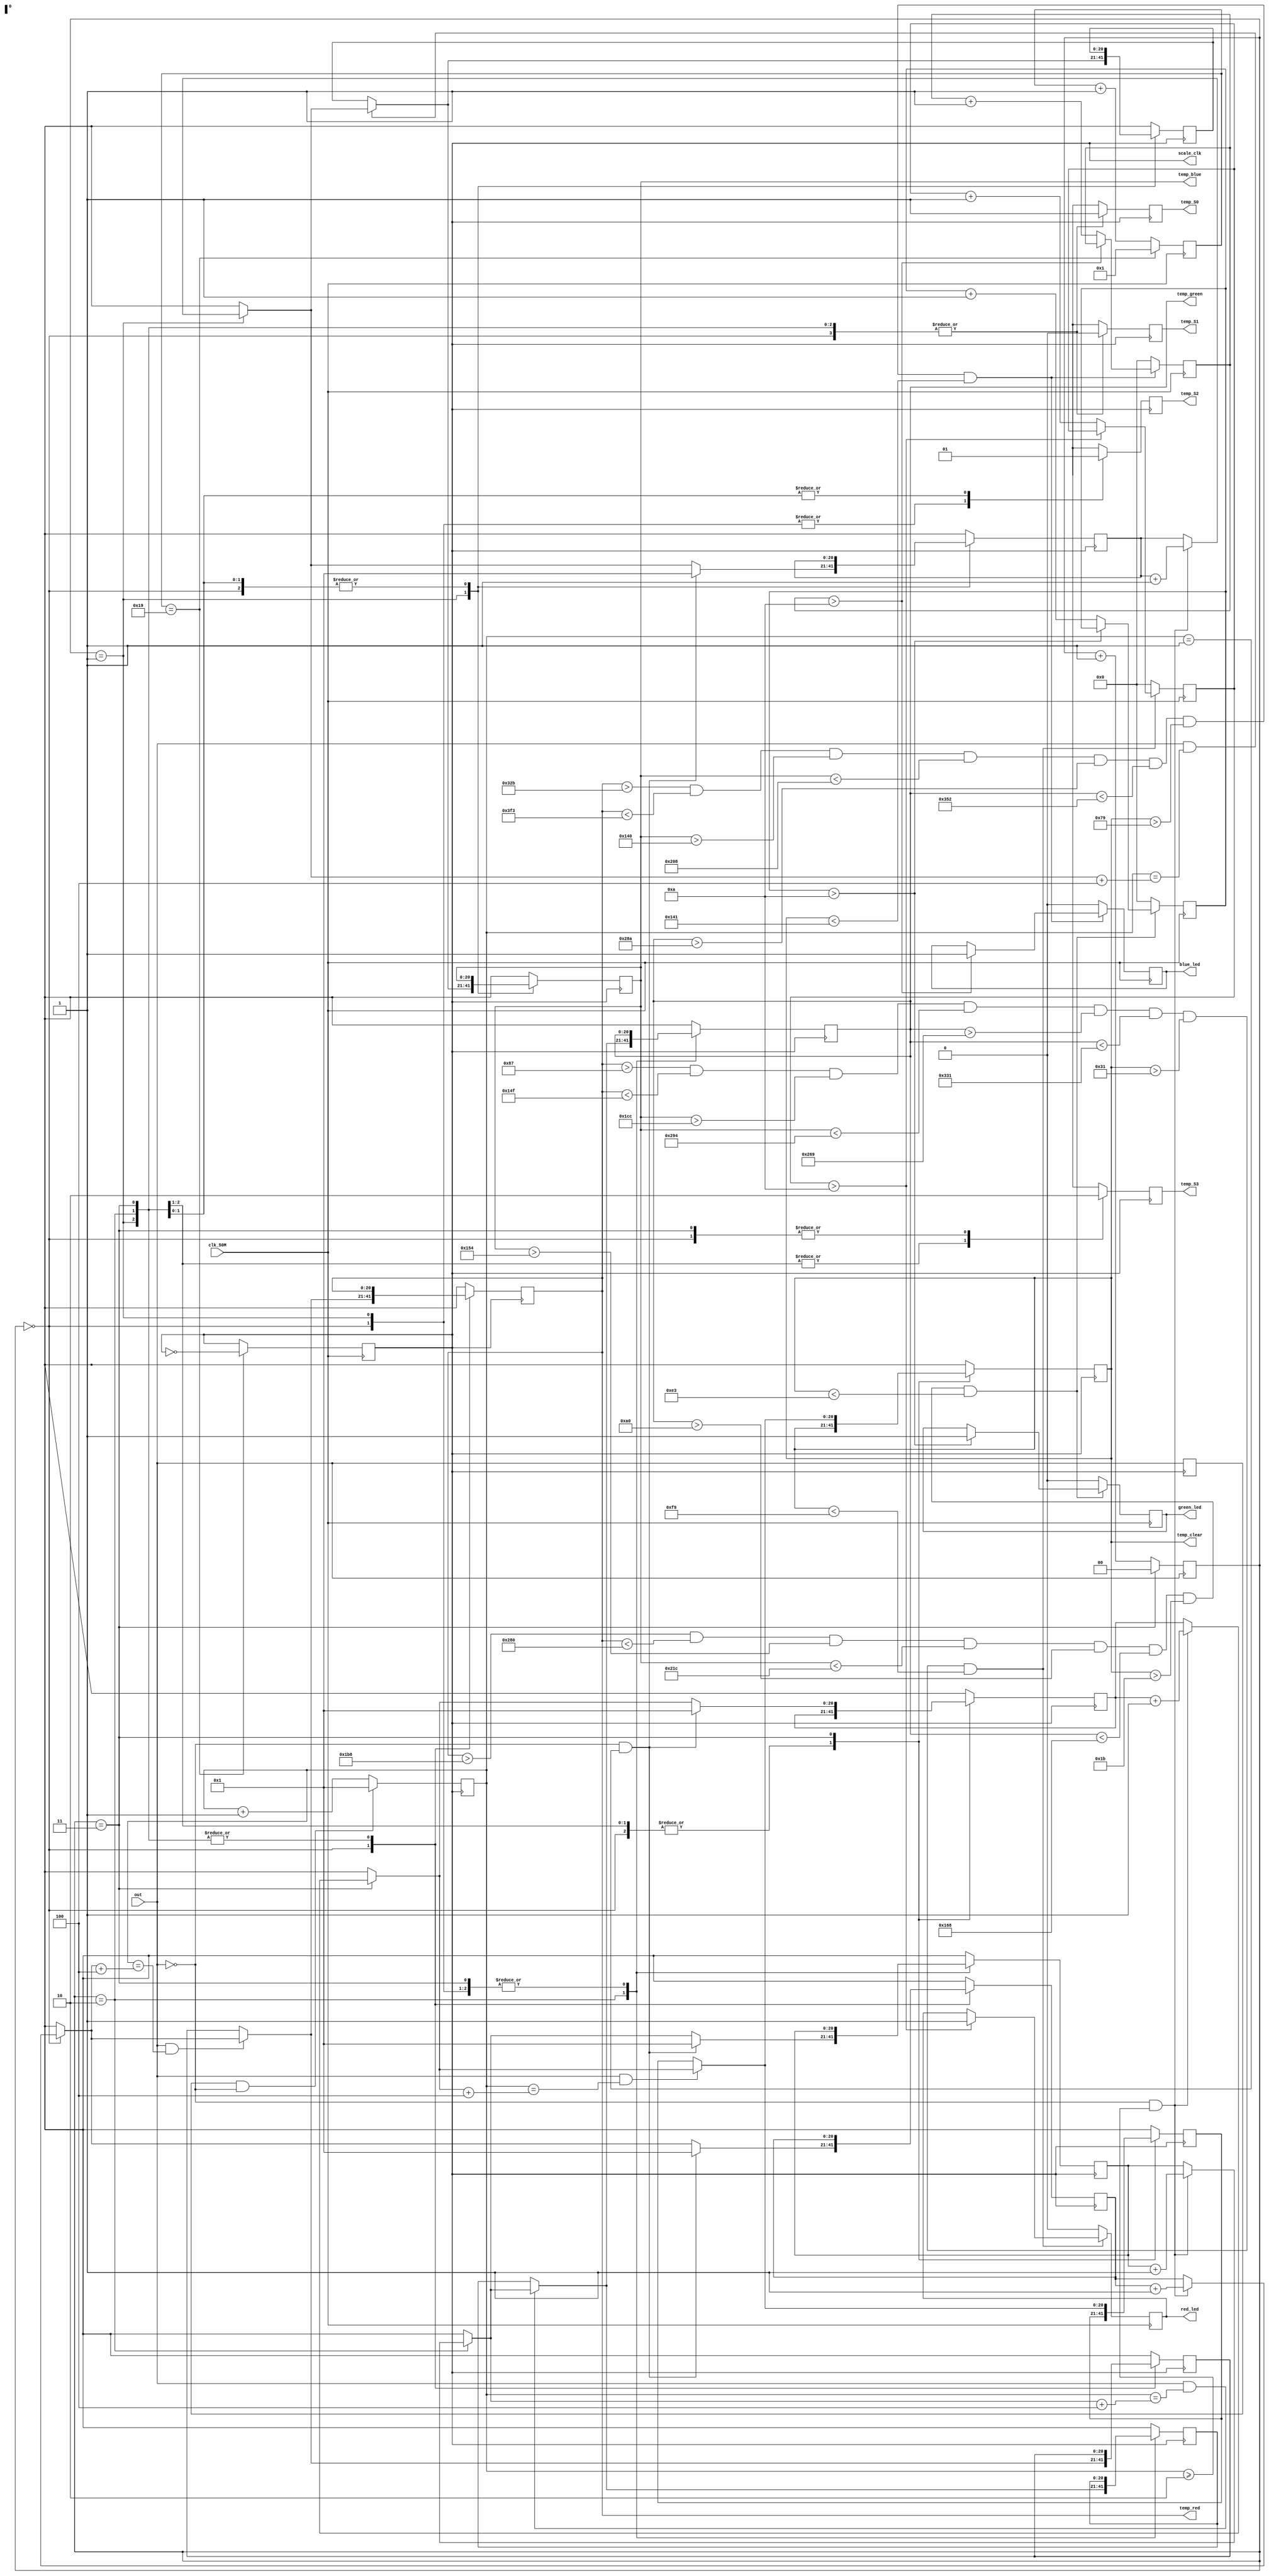
module SM_2300_Task6_color_detection(
    input clk_50M, 
	 output scale_clk,  //(clock for 20% frequency scaling)
    input out,   //output square wave signal of color sensor
	 output  temp_S0,temp_S1,temp_S2,temp_S3, //inputs to the color sensor ( s0 s1 -> decide frequency distribution  s2 s3 ->controls activation of color filters
    output [20:0] temp_red, temp_blue , temp_green, temp_clear,//values of filters 
	 output red_led, blue_led, green_led//detected color is given as output using this terminal
);


wire neg_edge;

reg [20:0]counter = 0;


// counter_new to store value of red green blue clear signal obtaining from color sensor 
reg [20:0] counter_new_red =0;
reg [20:0] counter_new_blue =0;
reg [20:0] counter_new_green=0;
reg [20:0] counter_new_clear =0;

// temporary reg for assign red green blue clear value for a particular specific color
reg [20:0] final_red=0;          
reg [20:0] final_blue=0;
reg [20:0] final_green=0;
reg [20:0] final_clear=0;


reg [1:0] frame =0;
reg [20:0] blue=0;  // variable for storing blue value obtained from color sensor
reg [20:0] red=0;    // variable for storing red value obtained from color sensor
reg [20:0] green =0;  // variable for storing green value obtained from color sensor
reg [20:0] clear =0;   // variable for storing clear value obtained from color sensor


reg S0 =0;        // S0 & S1 -> specific frequency selection variable
reg S1=0;         //
reg S2=0;        // S2 & S3 -> color filter selection variables
reg S3=0;

reg temp_scale_clock = 0;  //clock for handling the signal obtained from color sensor
assign temp_S0 = S0;
assign temp_S1 = S1;
assign temp_S2 = S2;
assign temp_S3 = S3;

reg [4:0] count =0;    // counter for scale clock (scale_clk)
always@(posedge clk_50M)
begin

if(count==25)   
  begin
    temp_scale_clock = ~temp_scale_clock;
    count=1;
  
  end
else
  begin
    count=count+1;
  
  end
  
end

assign scale_clk = temp_scale_clock;


// negative edge detector
reg last = 0;
always @(posedge scale_clk) 
begin
    last <= out;
end

assign neg_edge  = last & (~out);

always @(posedge scale_clk) 
begin
counter = counter +1; // counter to keep track of clock until negedge of input signal(out) is detected
if (neg_edge ==1)
  counter =1;
end 



always @(negedge out) begin
if(frame ==3) frame =0;
			else frame = frame +1;
	     end
always @(posedge scale_clk) begin
case (frame)
0: begin S0 =1; S1 = 0 ; S2 = 0; S3 =0;
	if((out==0 )&& (counter>=2))
	 begin counter_new_red=  counter_new_red +1;   // counter_new to store value of red green blue color 
	      end

	if(out ==1&&counter==(counter_new_red+4))
	begin final_red = counter_new_red; end

	if((out==0) && (counter ==1)) 
	begin counter_new_red =1; end
   red = final_red; 
	 
   end
1: begin S0 =1; S1 = 0 ; S2 = 0; S3 =1;

	if((out==0 )&& (counter>=2))
	 begin counter_new_blue=  counter_new_blue +1;   // counter_new to store value of red green blue color 
	      end

	if(out ==1&&counter==(counter_new_blue+4))
	begin final_blue = counter_new_blue; end

	if((out==0) && (counter ==1)) 
	begin counter_new_blue =1; end
   blue = final_blue;
   end
2: begin S0 =1; S1 = 0 ; S2 = 1; S3 =1;

	if((out==0 )&& (counter>=2))
	 begin counter_new_green=  counter_new_green +1;   // counter_new to store value of red green blue color 
	      end

	if(out ==1&&counter==(counter_new_green+4))
	begin final_green = counter_new_green; end

	if((out==0) && (counter ==1)) 
	begin counter_new_green =1; end
   green= final_green;
   end
3 : begin  S0 =1; S1 = 0 ; S2 = 1; S3 =0;

	if((out==0 )&& (counter>=2))
	 begin counter_new_clear=  counter_new_clear +1;   // counter_new to store value of red green blue color 
	      end

	if(out ==1&&counter==(counter_new_clear+4))
	begin final_clear = counter_new_clear; end

	if((out==0) && (counter ==1)) 
	begin counter_new_clear =1; end
      clear = final_clear ;
		end
endcase
end

assign temp_red = red;   
assign temp_clear = clear;
assign temp_blue = blue;
assign temp_green = green;


//values for red for different color filters
reg [20:0]blue_value_for_red= 560;
reg [20:0]clear_value_for_red= 149;
reg [20:0]green_value_for_red= 717;
reg [20:0]red_value_for_red= 235;


//values for blue for different color filters
reg [20:0]blue_value_for_blue= 420 ;

reg [20:0]clear_value_for_blue=  221;
reg [20:0]green_value_for_blue=750;
reg [20:0]red_value_for_blue= 911;


///values for green for different color filters

reg [20:0]blue_value_for_green= 440;
reg [20:0]clear_value_for_green=127;
reg [20:0]green_value_for_green=260;

reg [20:0]red_value_for_green=540;

reg  [10:0] variance_value=100;//variance for values of filters

assign red_led_temp=   ( (temp_red >red_value_for_red - variance_value ) &&( temp_red < red_value_for_red +variance_value)&&(temp_blue > blue_value_for_red-variance_value) &&( temp_blue < blue_value_for_red + variance_value)&&(temp_green > green_value_for_red-variance_value) &&( temp_green < green_value_for_red + variance_value)&&(temp_clear>clear_value_for_red -variance_value) &&( temp_clear< clear_value_for_red+variance_value));

assign blue_led_temp = ( (temp_red >red_value_for_blue - variance_value ) &&( temp_red < red_value_for_blue +variance_value)&&(temp_blue > blue_value_for_blue-variance_value) &&( temp_blue < blue_value_for_blue + variance_value)&&(temp_green > green_value_for_blue-variance_value) &&( temp_green < green_value_for_blue + variance_value)&&(temp_clear>clear_value_for_blue -variance_value) &&( temp_clear< clear_value_for_blue+variance_value));

 
assign green_led_temp = ( (temp_red >red_value_for_green  - variance_value ) &&( temp_red< red_value_for_green +variance_value)&&(temp_blue > blue_value_for_green-variance_value) &&( temp_blue < blue_value_for_green + variance_value)&&(temp_green > green_value_for_green-variance_value) &&( temp_green < green_value_for_green + variance_value)&&(temp_clear >clear_value_for_green -variance_value) &&( temp_clear< clear_value_for_green +variance_value));


//////////////////////////////////////////////////////////////////////////////////////////////////////////////////////////////

reg [15:0]count_confidence_red=0;//checks if it is not a garbage value by using thresh_confidence for red
reg [15:0]count_confidence_blue=0;//checks if it is not a garbage value by using thresh_confidence for blue
reg [15:0]count_confidence_green=0;//checks if it is not a garbage value by using thresh_confidence for green

reg [15:0] thresh_confidence=10;//threshold value of confirming a specific color


wire green_led_temp;
wire red_led_temp;
wire blue_led_temp;
reg red_led_reg=0;
reg green_led_reg=0;
reg blue_led_reg=0;


always @(posedge clk_50M)
           //detects the color and checks if it is not a garbage value by using thresh_confidence
begin

if(red_led_temp==1)
				begin
					 if(count_confidence_red>thresh_confidence)  red_led_reg=1;
					 else count_confidence_red=count_confidence_red+1;
				end
	 
if(red_led_temp==0)  begin count_confidence_red=0;
							 red_led_reg=0;
							
							end 

if(blue_led_temp==1)
				begin
					 if(count_confidence_blue>thresh_confidence ) blue_led_reg=1;
					 else count_confidence_blue = count_confidence_blue+1;
				end
	 
if(blue_led_temp==0) begin count_confidence_blue=0;
								blue_led_reg=0;
								end
if(green_led_temp==1)
				begin
					 if(count_confidence_green >thresh_confidence)  green_led_reg=1;
					 else count_confidence_green=count_confidence_green+1;
				end
	 
if(green_led_temp==0) begin count_confidence_green=0;
										green_led_reg=0;
								
								end
					

end




assign red_led=red_led_reg;
assign green_led=green_led_reg;
assign blue_led=blue_led_reg;

endmodule